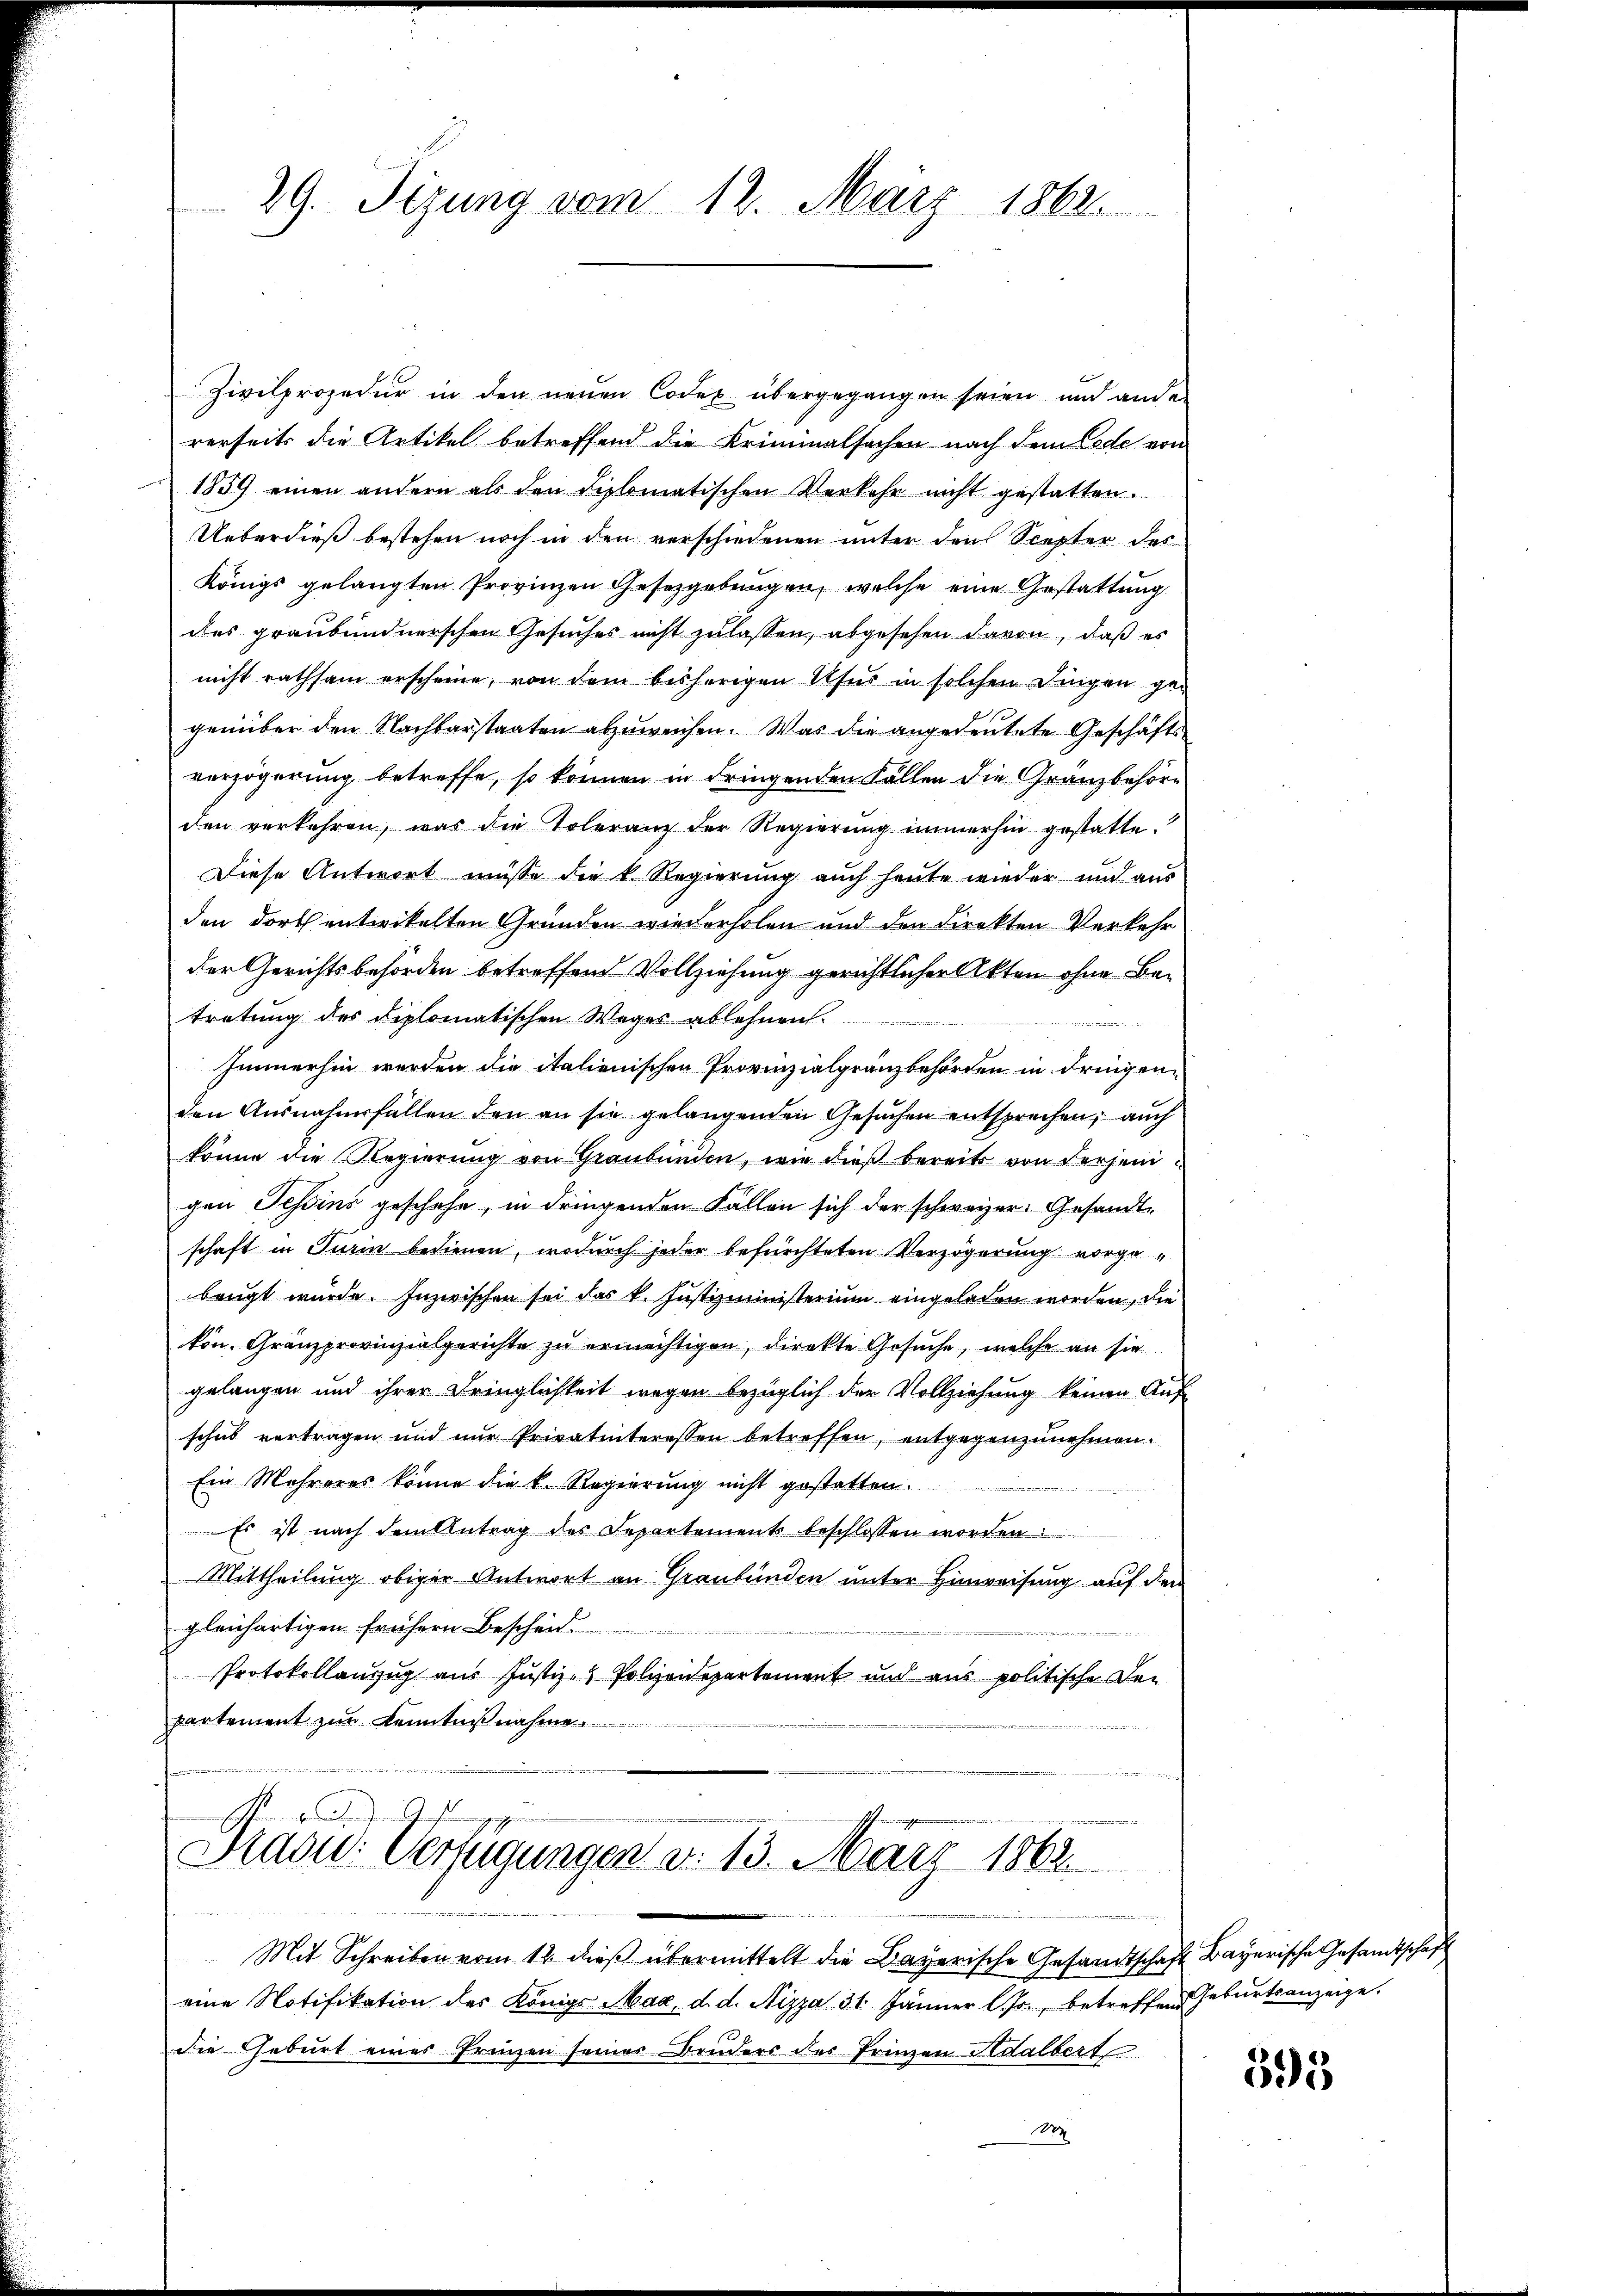
29. Sizung vom 12. März 1862.

Zivilprozedur in den neuen Codex übergegangen seien und ander
rerseits die Artikel betreffend die Kriminalsachen nach dem Code von
1859 einen andern als den diplomatischen Verkehr nicht gestatten.
Ueberdieß bestehen noch in den verschiedenen unter den Scepter des
Königs gelangten Provinzen Gesetzgebungen, welche eine Gestattung
des graubündnerschen Gesuches nicht zulassen, abgesehen davon, daß es
nicht rathsam erscheine, von dem bisherigen Ufer in solchen Dingen gegenüber den Nachbarstaaten abzuweichen. Was die angedeutete Geschäftsverzögerung betreffe, so können in dringenden Fällen die Gränzbehörden verkehren, was die Toleranz der Regierung immerhin gestatte.
Diese Antwort müsse die k. Regierung auch heute wieder und aus
den dort entwickelten Gründen wiederholen und den direkten Verkehr
der Gerichtsbehörden betreffend Vollziehung gerichtlicher Akten ohne Betretung des Diplomatischen Weges ablehnen.
Immerhin werden die italienischen Provinzialgränzbehörden in dringenden Ausnahmsfällen den an sie gelangenden Gesuchen entsprechen, auch
könne die Regierung von Graubünden, wie dieß bereits von derjenigen Tessins geschehe, in dringenden Fällen sich der schweizer Gesandtschaft in Turin bedienen, wodurch jeder befürchteten Verzögerung vorgebeugt wurde. Inzwischen sei das k. Justizministerium eingeladen worden, die
kon, Granzprovinzialgerichte zu ermächtigen, direkte Gesuche, welche an sie
gelangen und ihrer Dringlichkeit wegen bezüglich der Vollziehung keinen Auf-
schub vertragen und nur Privatinteressen betreffen, entgegenzunehmen.
Ein Mehreres könne die k. Regierung nicht gestatten.
irie i
Es ist nach dem Antrag des Separtement beschlossen worden
Mittheilung obiger Antwort an Graubünden unter Hinweisung auf dem
gleichartigen frühern Bescheid.

Protokollanzug aus Justiz- Polizeidepartement und aus politische De-
partement zur Kenntnißnahme.
e

Pras: Verfügungen d. 13. März 1802.
 2

Mit Schreiben vom 12. dieß übermittelt die Bayerische Gesandtschaft Bayerische Gesandtschaft
eine Notifikation des Königs Mag, d. d. Nizza 31. Jänner l. Js., betreffend Geburtsanzeige.
die Geburt eines Prinzen seines Bruders des Prinzen Adalbert.
S

595